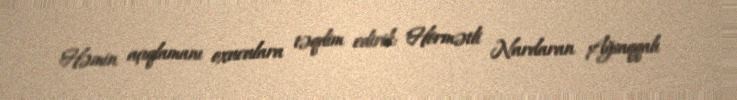
Həmin açıqlamanı oxuculara təqdim edirik: "Hörmətli Nardaran Ağsaqqalı